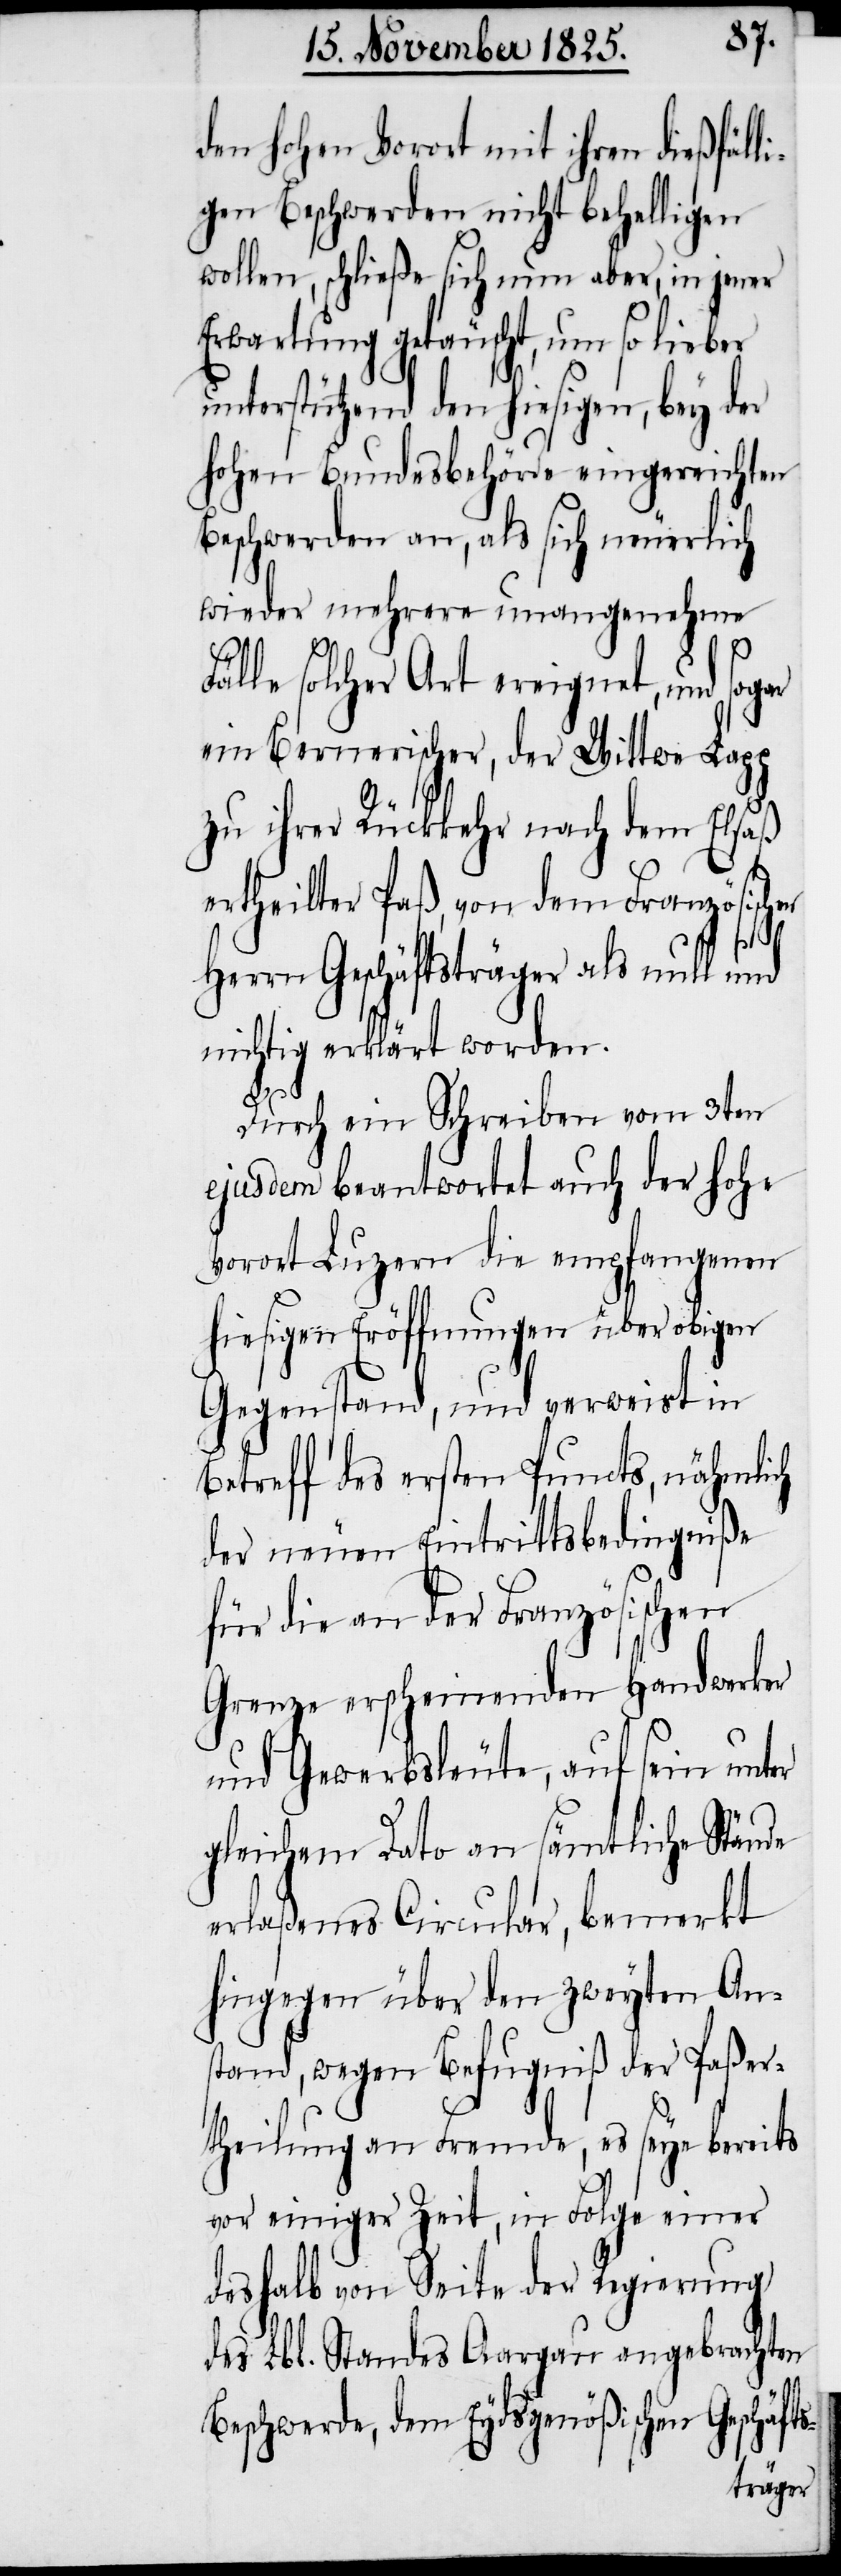
den hohen Vorort mit ihren dießfäll¬
igen Beschwerden nicht behelligen
wollen, schließe sich nun aber, in jener
Erwartung getäuscht, um so lieber
unterstützend den hiesigen, bey der
hohen Bundesbehörde eingereichten
Beschwerden an, als sich neuerlich
wieder mehrere unangenehme
le solcher Art ereignet, und sogar
ein Bernerischer, der Wittwe Lapp
zu ihrer Rückkehr nach dem Elsaß
ertheilter Paß, von dem Französischen
s-
Herrn Geschäftsträger als null und
nichtig erklärt worden.
Durch ein Schreiben vom 3ten
ejusdem beantwortet auch der hohe
Vorort Luzern die empfangenen
hiesigen Eröffnungen über obigen
Gegenstand, und verweist in
Betreff des ersten Puncts, nähmlich
der neuen Eintrittsbedingniße
für die an der Französischen
Grenze erscheinenden Handwerker
und Gewerbsleute, auf sein unter
gleichem Dato an sämtliche Stände
erlaßenes Circular, bemerkt
hingegen über den zweyten An¬
stand, wegen Befugniß der Paßer¬
theilung an Fremde, es seye bereits
vor einiger Zeit, in Folge einer
deshalb von Seite der Regierung
des Lbl. Standes Aargau angebrachten
Beschwerde, dem Eydsgenößischen Geschäft¬